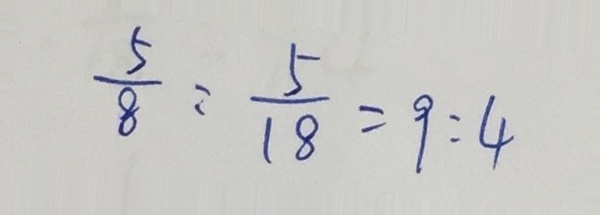
\frac { 5 } { 8 } : \frac { 5 } { 1 8 } = 9 : 4